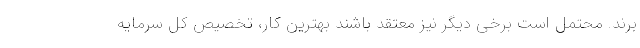
برند. محتمل است برخی دیگر نیز معتقد باشند بهترین کار، تخصیص کل سرمایه